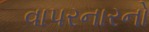
વાપરનારનો